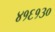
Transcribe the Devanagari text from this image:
४१६१३०